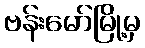
ဗန်းမော်မြို့မှ